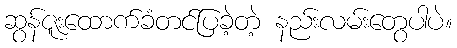
ဆွန်ဇူးထောက်ခံတင်ပြခဲ့တဲ့ နည်းလမ်းတွေပါပဲ။